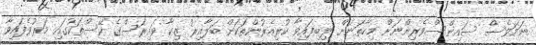
ނަމަވެސް ސައިންސްވެރިންނަށް މިހާތަނަށް ލިބިފައިވާ ކުރިއެރުންތަކަށް ބަލާއިރު ޒިކާ ވައިރަސްގެ ކޭސްތަކުގައި މަރުވެފައިވާ